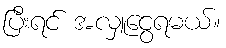
ပြီးရင် အလှူငွေရမယ်။